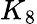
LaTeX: K_{8}